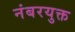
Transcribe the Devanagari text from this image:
नंबरयुक्त